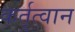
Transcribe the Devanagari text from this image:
कर्तृत्वान